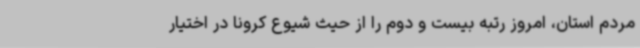
مردم استان، امروز رتبه بیست و دوم را از حیث شیوع کرونا در اختیار